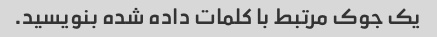
یک جوک مرتبط با کلمات داده شده بنویسید.